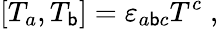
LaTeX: [T_{a},T_{\mathsf{b}}]=\varepsilon_{a\mathsf{b}c}T^{c}\; ,